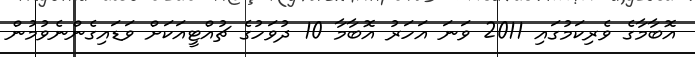
އޮބާމާގެ ވެރިކަމުގައި 2011 ވަނަ އަހަރު އޮބާމާ 10 ދުވަހުގެ ޗުއްޓީއަކަށް ވަޑައިގެންނެވުމުން